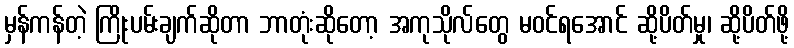
မှန်ကန်တဲ့ ကြိုးပမ်းချက်ဆိုတာ ဘာတုံးဆိုတော့ အကုသိုလ်တွေ မဝင်ရအောင် ဆို့ပိတ်မှု၊ ဆို့ပိတ်ဖို့